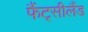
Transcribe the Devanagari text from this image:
फैंट्सीलैंड